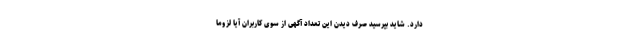
دارد. شاید بپرسید صرف دیدن این تعداد آگهی از سوی کاربران آیا لزوما